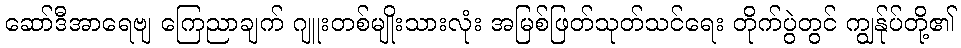
ဆော်ဒီအာရေဗျ ကြေညာချက် ဂျူးတစ်မျိုးသားလုံး အမြစ်ဖြတ်သုတ်သင်ရေး တိုက်ပွဲတွင် ကျွန်ုပ်တို့၏